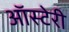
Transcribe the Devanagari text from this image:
ऑस्टेरी